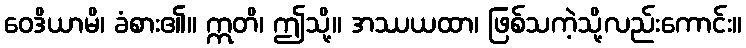
ဝေဒိယာမိ၊ ခံစား၏။ ဣတိ၊ ဤသို့။ အဿယထာ၊ ဖြစ်သကဲ့သို့လည်းကောင်း။